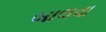
બાલવા